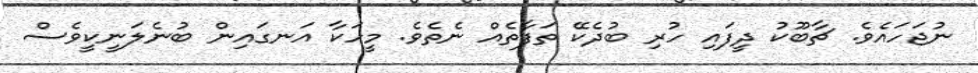
ނުޖަހައެވެ. ޗާބޫކު ދީފައި ހުރި ބުދެކޭ ތަފާތެއް ނެތެވެ. މީހަކާ އަނގައިން ބުނެލަނީކީވެސް